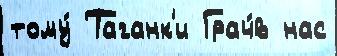
тому́ Таганк'и Грач́в нас